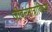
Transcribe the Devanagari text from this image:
जीवनमात्रांविषयी